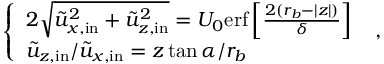
\left\{ \begin{array} { l l } { 2 \sqrt { \Tilde { u } _ { x , \mathrm { i n } } ^ { 2 } + \Tilde { u } _ { z , \mathrm { i n } } ^ { 2 } } = U _ { 0 } \mathrm { e r f } \left[ \frac { 2 ( r _ { b } - | z | ) } { \delta } \right] } \\ { \Tilde { u } _ { z , \mathrm { i n } } / \Tilde { u } _ { x , \mathrm { i n } } = z \tan { \alpha } / r _ { b } } \end{array} \right. \ ,